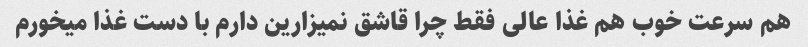
هم سرعت خوب هم غذا عالی فقط چرا قاشق نمیزارین دارم با دست غذا میخورم